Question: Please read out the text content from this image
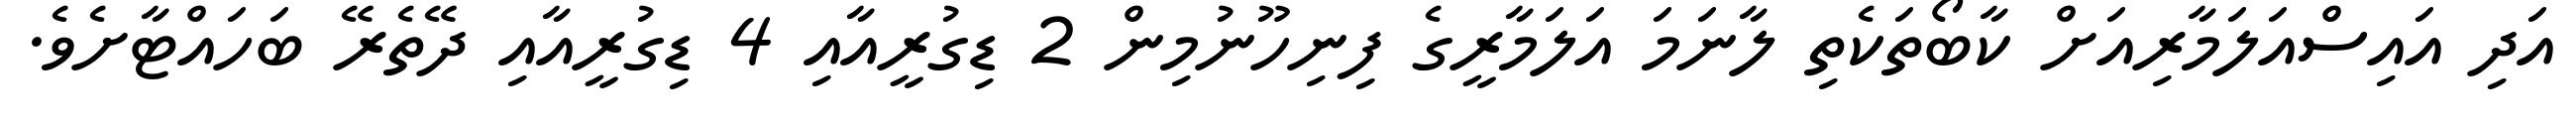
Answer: އަދި އައިސްއަލަމާރިއަށް ކާބޯތަކެތި ލާނަމަ އަލަމާރީގެ ފިނިހޫނުމިން 2 ޑިގުރީއާއި 4 ޑިގުރީއާއި ދޭތެރޭ ބަހައްޓާށެވެ.